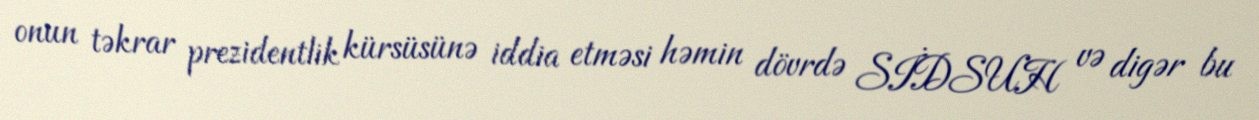
onun təkrar prezidentlik kürsüsünə iddia etməsi həmin dövrdə SİDSUH və digər bu